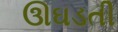
ઊઘડતી